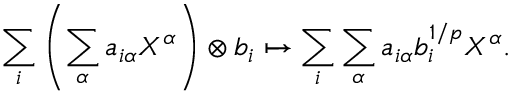
\sum _ { i } \left( \sum _ { \alpha } a _ { i \alpha } X ^ { \alpha } \right) \otimes b _ { i } \mapsto \sum _ { i } \sum _ { \alpha } a _ { i \alpha } b _ { i } ^ { 1 / p } X ^ { \alpha } .